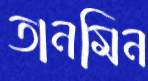
তানমিন